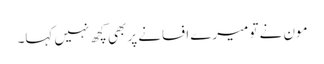
مون نے تو میرے افسانے پر بھی کچھ نہیں کہا۔